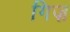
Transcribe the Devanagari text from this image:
गिज़